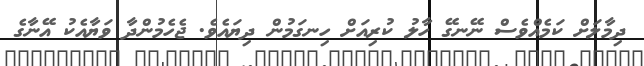
ދިމާލަށް ކަމެއްވެސް ނޭނގޭ ހާލު ކުރިއަށް ހިނގަމުން ދިޔައެވެ. ޖެހެމުންދާ ވަޔާއެކު އޭނާގެ